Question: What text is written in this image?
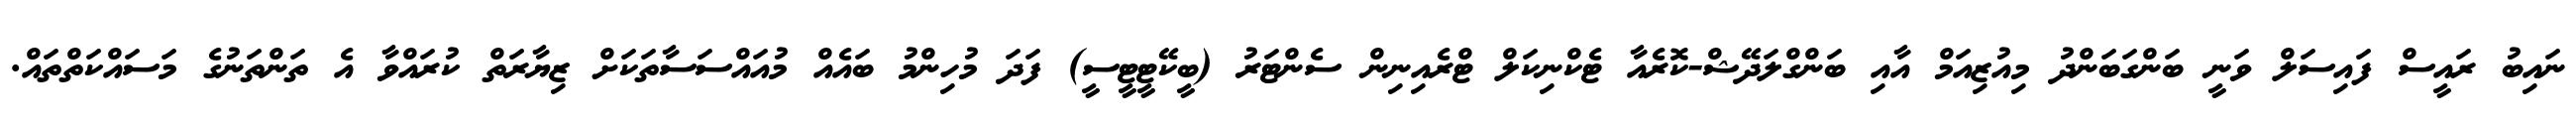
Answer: ނައިބު ރައީސް ފައިސަލް ވަނީ ބަންގަބަންދު މިއުޒިއަމް އާއި ބަންގްލަދޭޝް-ކޮރެއާ ޓެކްނިކަލް ޓްރެއިނިން ސެންޓަރު (ބީކޭޓީޓީސީ) ފަދަ މުހިންމު ބައެއް މުއައްސަސާތަކަށް ޒިޔާރަތް ކުރައްވާ އެ ތަންތަނުގެ މަސައްކަތްތައް.